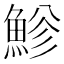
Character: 𩷲